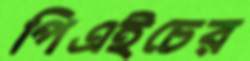
পিএইচের